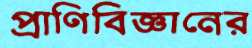
প্রাণিবিজ্ঞানের